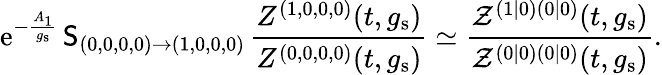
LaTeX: {\mathrm{e}}^{-\frac{A_{1}}{g_{\mathrm{s}}}}\, \mathsf{S}_{(0,0,0,0)\to(1,0,0,0)}\, \frac{Z^{(1,0,0,0)}(t,g_{\mathrm{s}})}{Z^{(0,0,0,0)}(t,g_{\mathrm{s}})}\simeq\frac{\mathcal{Z}^{(1|0)(0|0)}(t,g_{\mathrm{s}})}{\mathcal{Z}^{(0|0)(0|0)}(t,g_{\mathrm{s}})}.